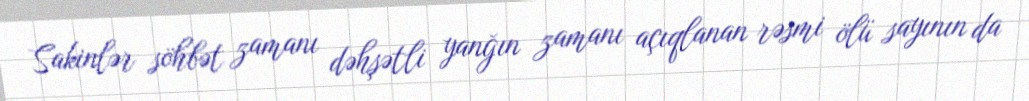
Sakinlər söhbət zamanı dəhşətli yanğın zamanı açıqlanan rəsmi ölü sayının da